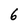
Character: 6